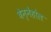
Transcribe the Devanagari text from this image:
बेन्नेहोल